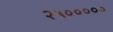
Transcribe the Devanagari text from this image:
२५०००००